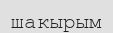
шакырым